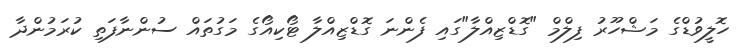
ހޮލީވުޑްގެ މަޝްހޫރު ފިލްމް "ގޮޑްޒިއްލާ"ގައި ފެންނަ ގޮޑްޒިއްލާ ޓޯކިއޯގެ މަގުތައް ސުންނާފަތި ކުރަމުންދާ